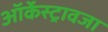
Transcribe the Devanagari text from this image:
ऑर्केस्ट्रावजा